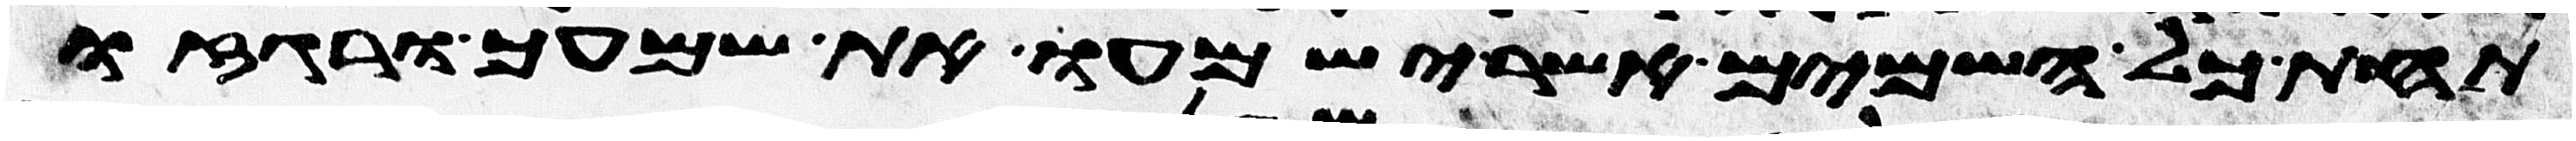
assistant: תחת כל השמים אשר ישמעו את שמעך ורגזו